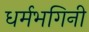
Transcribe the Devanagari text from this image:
धर्मभगिनी